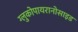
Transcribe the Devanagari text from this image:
ग्लुकोपायरानोसाइड